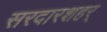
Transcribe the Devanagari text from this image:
सरदारशहर्